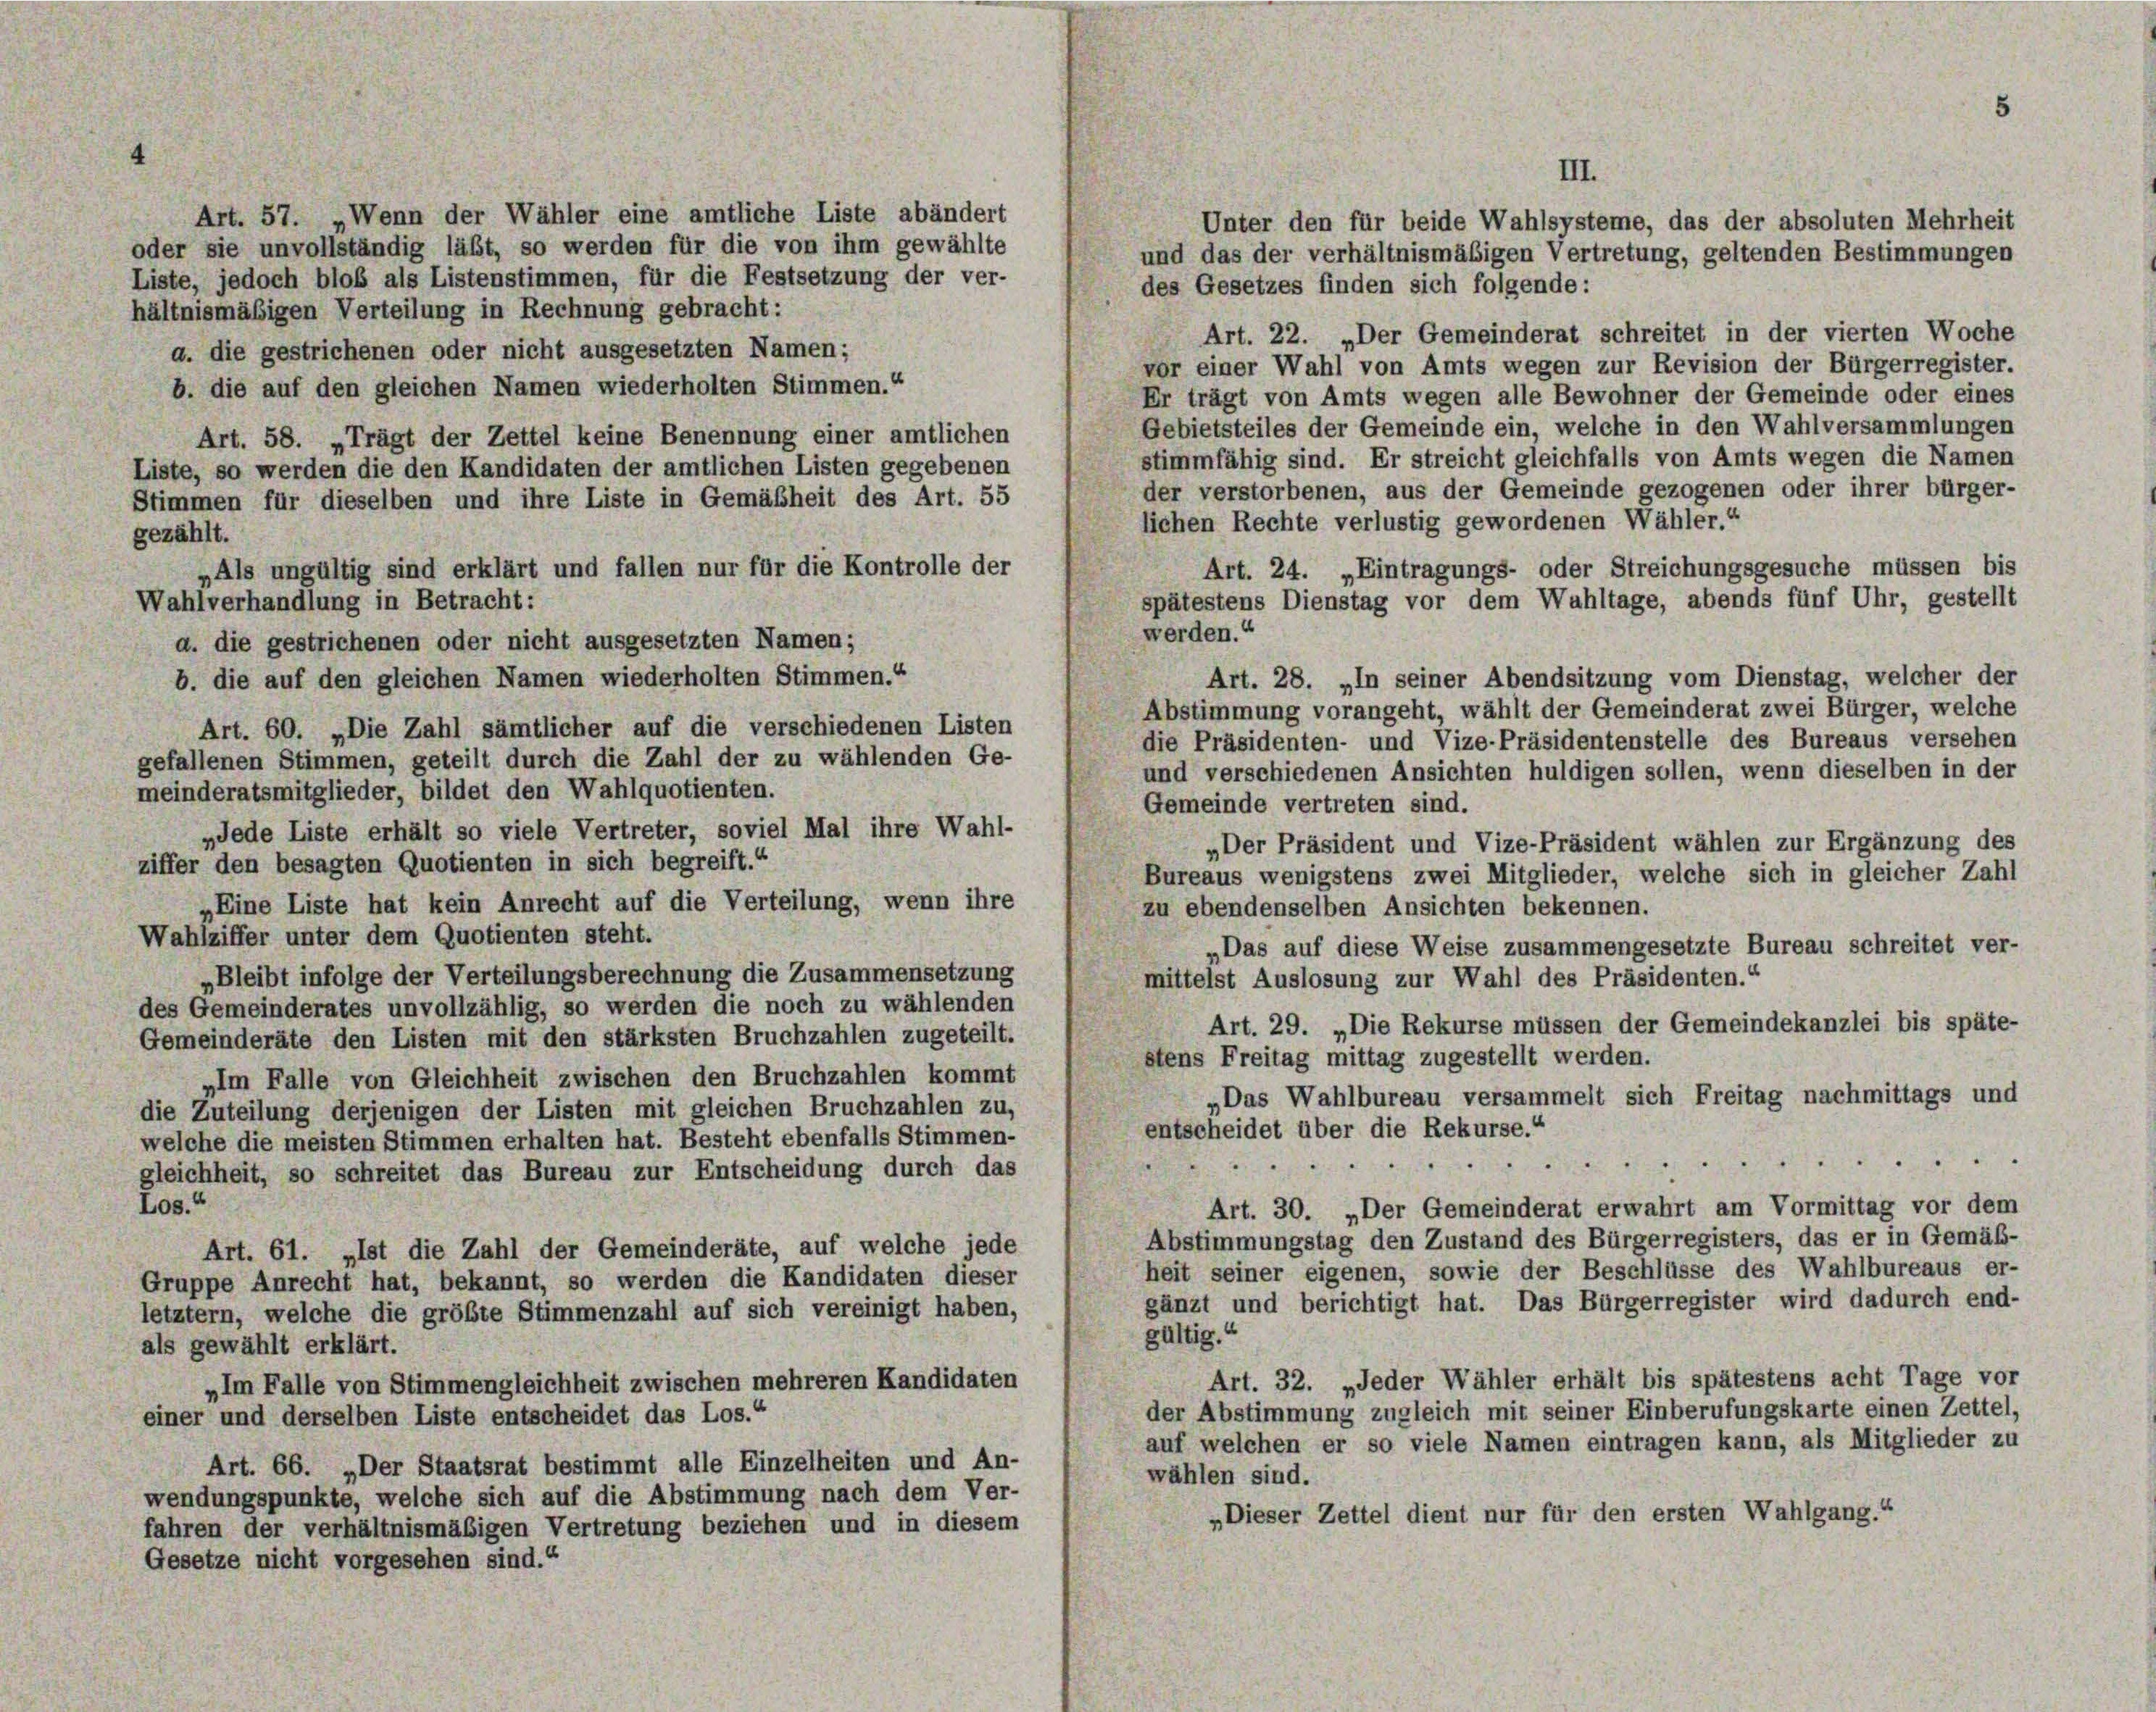
Art. 57. „Wenn der Wähler eine amtliche Liste abändert
Unter den für beide Wahlsysteme, das der absoluten Mehrheit
oder sie unvollständig läßt, so werden für die von ihm gewählte
und das der verhältnismäßigen Vertretung, geltenden Bestimmungen
Liste, jedoch bloß als Listenstimmen, für die Festsetzung der ver-
des Gesetzes finden sich folgende:
hältnismäsigen Verteilung in Rechnung gebracht:
Art. 22. „Der Gemeinderat schreitet in der vierten Woche
a. die gestrichenen oder nicht ausgesetzten Namen;
vor einer Wahl von Amts wegen zur Revision der Bürgerregister.
b. die auf den gleichen Namen wiederholten Stimmen.“
Er trägt von Amts wegen alle Bewohner der Gemeinde oder eines
Gebietsteiles der Gemeinde ein, welche in den Wahlversammlungen
Art. 58. „Trägt der Zettel keine Benennung einer amtlichen
stimmfähig sind. Er streicht gleichfalls von Amts wegen die Namen
Liste, so werden die den Kandidaten der amtlichen Listen gegebenen
der verstorbenen, aus der Gemeinde gezogenen oder ihrer bürger-
Stimmen für dieselben und ihre Liste in Gemäßheit des Art. 55
lichen Rechte verlustig gewordenen Wähler.“
gezählt.
Art. 24. „Eintragungs- oder Streichungsgesuche müssen bis
„Als ungültig sind erklärt und fallen nur für die Kontrolle der
spätestens Dienstag vor dem Wuhltage, abends fünf Uhr, gestellt
Wahlverhandlung in Betracht:
werden.“
a. die gestrichenen oder nicht ausgesetzten Namen;
Art. 28. „In seiner Abendsitzung vom Dienstag, welcher der
b. die auf den gleichen Namen wiederholten Stimmen.“
Abstimmung vorangeht, wählt der Gemeinderat zwei Bürger, welche
Art. 60. „Die Zahl sämtlicher auf die verschiedenen Listen
die Präsidenten- und Vize-Präsidentenstelle des Bureaus versehen
gefallenen Stimmen, geteilt durch die Zahl der zu wählenden Ge-
und verschiedenen Ansichten huldigen sollen, wenn dieselben in der
meinderatsmitglieder, bildet den Wahlquotienten.
Gemeinde vertreten sind.
„Jede Liste erhält so viele Vertreter, soviel Mal ihre Wahl-
„Der Präsident und Vize-Präsident wählen zur Ergänzung des
ziffer den besagten Quotienten in sich begreift.“
Bureaus wenigstens zwei Mitglieder, welche sich in gleicher Zahl
„Eine Liste hat kein Anrecht auf die Verteilung, wenn ihre
zu ebendenselben Ansichten bekennen.
Wahlziffer unter dem Quotienten steht.
„Das auf diese Weise zusammengesetzte Bureau schreitet ver-
„Bleibt infolge der Verteilungsberechnung die Zusammensetzung
mittelst Auslosung zur Wahl des Präsidenten.“
des Gemeinderates unvollzählig, so werden die noch zu wählenden
Art. 29. „Die Rekurse müssen der Gemeindekanzlei bis späte-
Gemeinderäte den Listen mit den stärksten Bruchzahlen zugeteilt.
stens Freitag mittag zugestellt werden.
„Im Falle von Gleichheit zwischen den Bruchzahlen kommt
„Das Wahlbureau versammelt sich Freitag nachmittags und
die Zuteilung derjenigen der Listen mit gleichen Bruchzahlen zu,
entscheidet über die Rekurse.“
welche die meisten Stimmen erhalten hat. Besteht ebenfalls Stimmen-
a
gleichheit, so schreitet das Bureau zur Entscheidung durch das
Los.“
Art. 30. „Der Gemeinderat erwahrt am Vormittag vor dem
Abstimmungstag den Zustand des Bürgerregisters, das er in Gemäß-
Art. 61. „Ist die Zahl der Gemeinderäte, auf welche jede
heit seiner eigenen, sowie der Beschlüsse des Wahlbureaus er-
Gruppe Anrecht hat, bekannt, so werden die Kandidaten dieser
gänzt und berichtigt hat. Das Bürgerregister wird dadurch end-
letztem, welche die größte Stimmenzahl auf sich vereinigt haben,
gültig.“
als gewählt erklärt.
Art. 32. „Jeder Wähler erhält bis spätestens acht Tage vor
„Im Falle von Stimmengleichheit zwischen mehreren Kandidaten
der Abstimmung zugleich mit seiner Einberufungskarte einen Zettel,
einer und derselben Liste entscheidet das Los.“
auf welchen er so viele Namen eintragen kann, als Mitglieder zu
Art. 66. „Der Staatsrat bestimmt alle Einzelheiten und An-
wählen sind.
wendungspunkte, welche sich auf die Abstimmung nach dem Ver-
„Dieser Zettel dient nur für den ersten Wahlgang.“
fahren der verhältnismäßigen Vertretung beziehen und in diesem
Gesetze nicht vorgesehen sind.“

III.

5